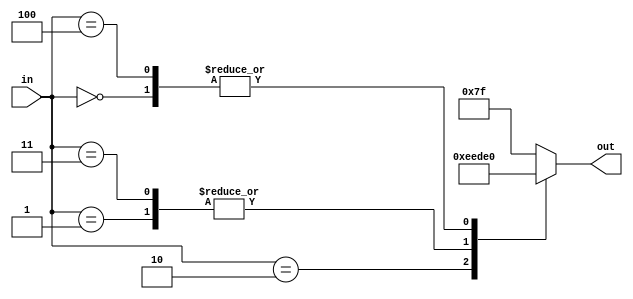
module char_a(out, in);
	output reg [6:0] out;
	input [2:0] in;
		always @ (*)
			begin
				case (in)
					0 : out = 7'b1100000;
					1 : out = 7'b1011011;
					2 : out = 7'b0111011;
					3 : out = 7'b1011011;
					4 : out = 7'b1100000;
					default : out = 7'b1111111;
				endcase
			end
endmodule